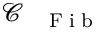
\mathcal { C } _ { \mathrm { ~ \tiny ~ \textnormal ~ { ~ F ~ i ~ b ~ } ~ } }